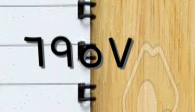
٦٩٥٧